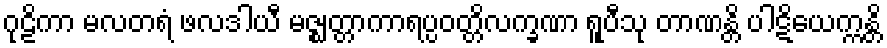
ဂုဠိကာ မလတရံ ဖလဒါယီ မဇ္ဈတ္တာကာရပ္ပဝတ္တိလက္ခဏာ ရူပီသု တာဏန္တိ ပါဋိယေက္ကန္တိ